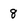
Character: 8